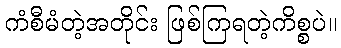
ကံစီမံတဲ့အတိုင်း ဖြစ်ကြရတဲ့ကိစ္စပဲ။